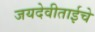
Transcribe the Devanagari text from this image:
जयदेवीताईचे